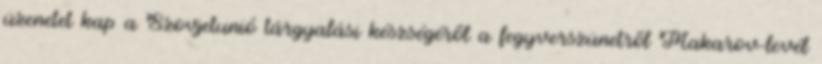
üzenetet kap a Szovjetunió tárgyalási készségérõl a fegyverszünetrõl Makarov-levél